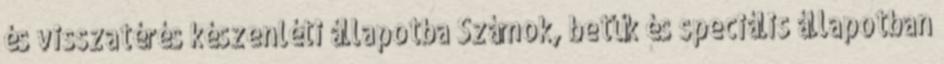
és visszatérés készenléti állapotba Számok, betűk és speciális állapotban